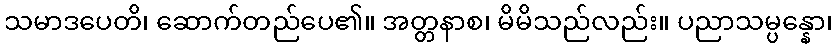
သမာဒပေတိ၊ ဆောက်တည်ပေ၏။ အတ္တနာစ၊ မိမိသည်လည်း။ ပညာသမ္ပန္နော၊